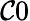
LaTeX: \mathcal{C}0